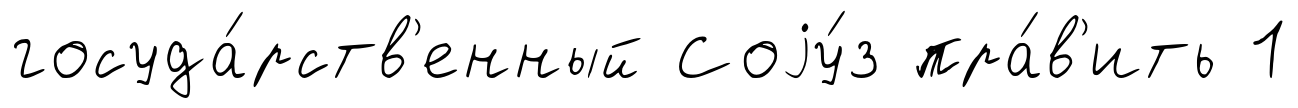
госуда́рств'енный Соjу́з пра́в'ить 1